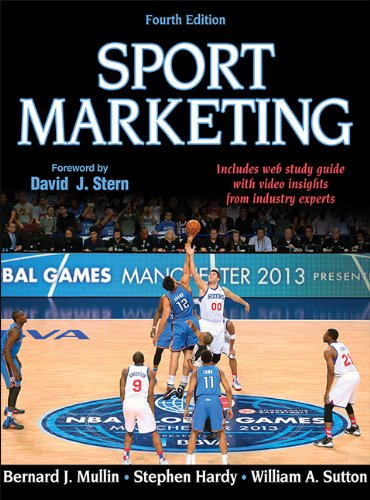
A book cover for Sport Marketing 4th Edition With Web Study Guide; Bernard Mullin; Business & Money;